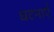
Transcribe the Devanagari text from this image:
घटनाऍँ